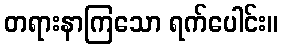
တရားနာကြသော ရက်ပေါင်း။